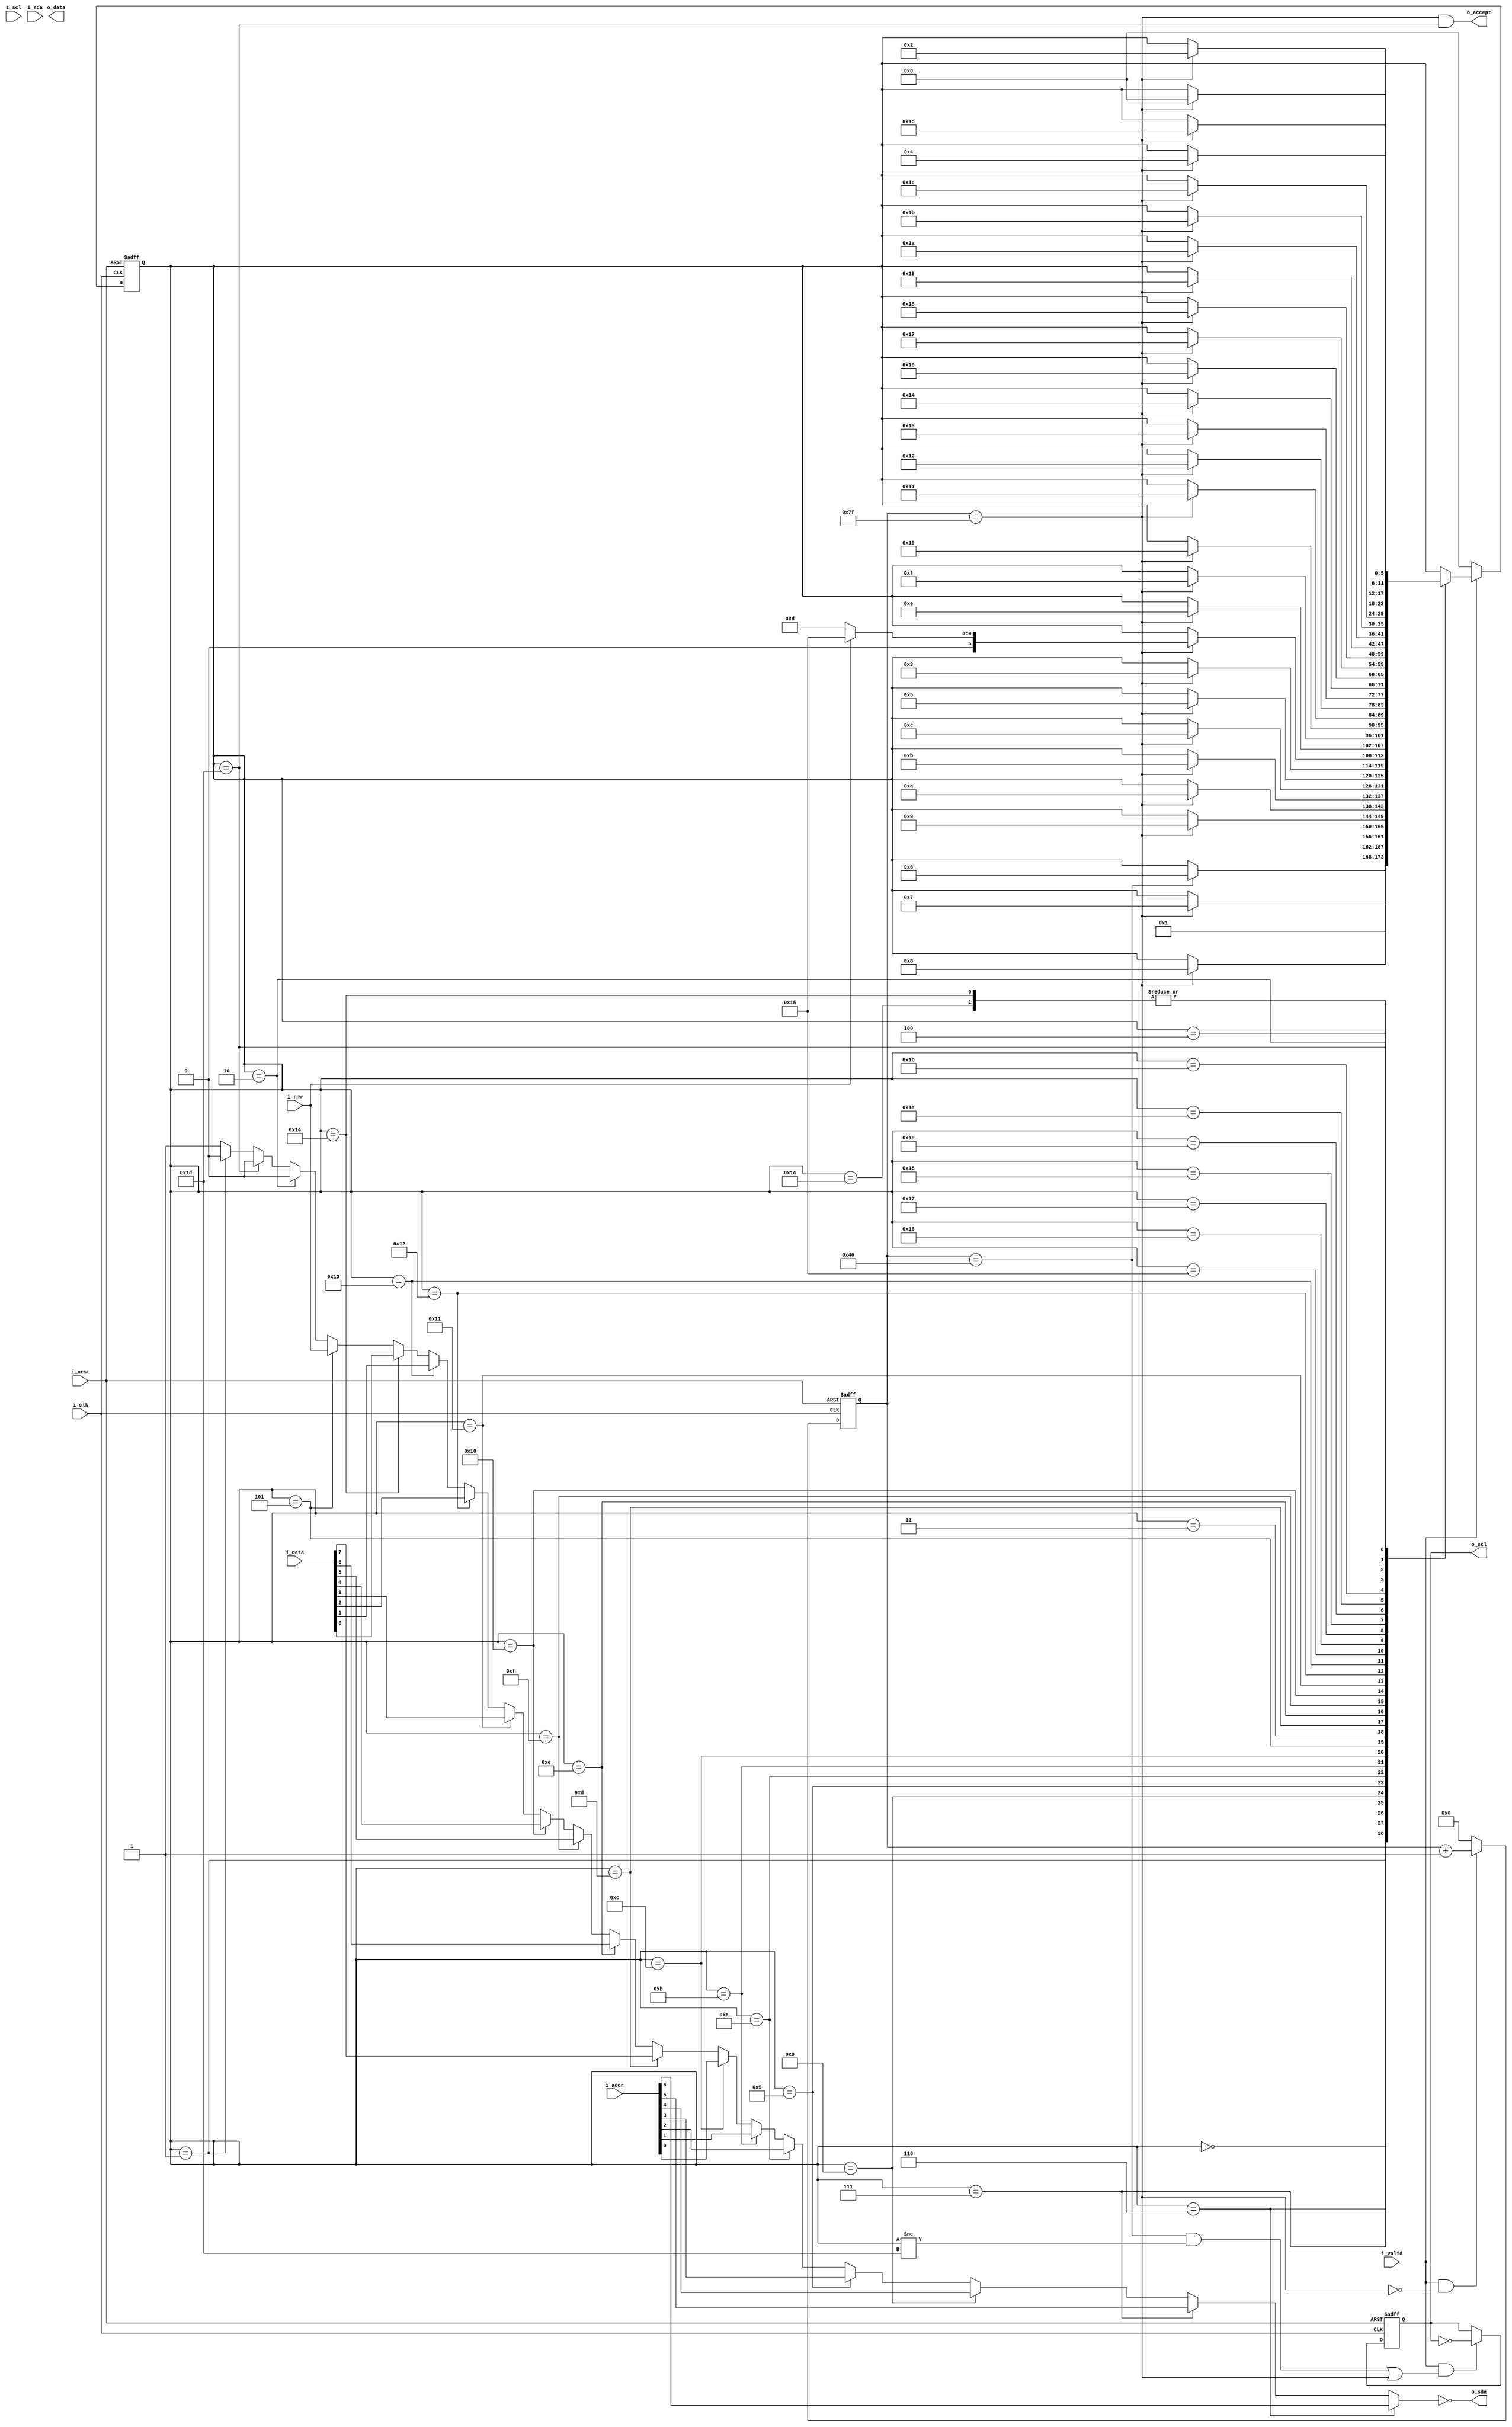
module ice_i2c(
	input	   wire        i_clk,
	input	   wire        i_nrst,
   // i2c side
	output   reg         o_scl,
	input	   wire        i_scl,
	output   wire        o_sda,
	input	   wire	      i_sda,
   // app side
   input    wire  [6:0] i_addr,
   input    wire  [7:0] i_data,
   output   wire  [7:0] o_data,
   input    wire        i_rnw,
   input    wire        i_valid,
   output   wire        o_accept
);

   parameter   TOP_COUNT   = 'd128;
   parameter   SM_IDLE     = 'd0;
   parameter   SM_START    = 'd1;
   parameter   SM_STOP_0   = 'd2;
   parameter   SM_ADDR_A   = 'd3;
   parameter   SM_DATA_A   = 'd4;
   parameter   SM_RW       = 'd5;
   parameter   SM_ADDR_6   = 'd6;
   parameter   SM_ADDR_5   = 'd7;
   parameter   SM_ADDR_4   = 'd8;
   parameter   SM_ADDR_3   = 'd9;
   parameter   SM_ADDR_2   = 'd10;
   parameter   SM_ADDR_1   = 'd11;
   parameter   SM_ADDR_0   = 'd12;
   parameter   SM_WDATA_7  = 'd13;
   parameter   SM_WDATA_6  = 'd14;
   parameter   SM_WDATA_5  = 'd15;
   parameter   SM_WDATA_4  = 'd16;
   parameter   SM_WDATA_3  = 'd17;
   parameter   SM_WDATA_2  = 'd18;
   parameter   SM_WDATA_1  = 'd19;
   parameter   SM_WDATA_0  = 'd20; 
   parameter   SM_RDATA_7  = 'd21;
   parameter   SM_RDATA_6  = 'd22;
   parameter   SM_RDATA_5  = 'd23;
   parameter   SM_RDATA_4  = 'd24;
   parameter   SM_RDATA_3  = 'd25;
   parameter   SM_RDATA_2  = 'd26;
   parameter   SM_RDATA_1  = 'd27;
   parameter   SM_RDATA_0  = 'd28;
   parameter   SM_STOP_1   = 'd29;
   
   
   reg   [5:0]                   state;
   reg   [5:0]                   next_state;
   
   reg   [$clog2(TOP_COUNT)-1:0] count;
   wire  [$clog2(TOP_COUNT)-1:0] next_count;
   wire                          clk_count;

   ///////////////////////////////////////////////////
   // State
  
   assign o_accept = top & (state == SM_STOP_1);

   assign o_sda = ~n_sda;

   assign n_sda = (state == SM_ADDR_6)  ? i_addr[6]:
                  (state == SM_ADDR_5)  ? i_addr[5]:
                  (state == SM_ADDR_4)  ? i_addr[4]:
                  (state == SM_ADDR_3)  ? i_addr[3]:
                  (state == SM_ADDR_2)  ? i_addr[2]:
                  (state == SM_ADDR_1)  ? i_addr[1]:
                  (state == SM_ADDR_0)  ? i_addr[0]:
                  (state == SM_WDATA_7) ? i_data[7]:
                  (state == SM_WDATA_6) ? i_data[6]:
                  (state == SM_WDATA_5) ? i_data[5]:
                  (state == SM_WDATA_4) ? i_data[4]:
                  (state == SM_WDATA_3) ? i_data[3]:
                  (state == SM_WDATA_2) ? i_data[2]:
                  (state == SM_WDATA_1) ? i_data[1]:
                  (state == SM_WDATA_0) ? i_data[0]:
                  (state == SM_RW)      ? i_rnw:
                  (state == SM_STOP_0)  ? 1'b0:
                  (state == SM_STOP_1)  ? 1'b0:
                  (state == SM_START)   ? 1'b0:
                                          1'b1;

   always@(*) begin
      next_state = state;
      if(i_valid)
         case(state)
            SM_IDLE:             next_state = SM_START;
            SM_START:   if(half) next_state = SM_ADDR_6;
            SM_ADDR_6:  if(top)  next_state = SM_ADDR_5; 
            SM_ADDR_5:  if(top)  next_state = SM_ADDR_4;
            SM_ADDR_4:  if(top)  next_state = SM_ADDR_3;
            SM_ADDR_3:  if(top)  next_state = SM_ADDR_2;                  
            SM_ADDR_2:  if(top)  next_state = SM_ADDR_1;                 
            SM_ADDR_1:  if(top)  next_state = SM_ADDR_0;                
            SM_ADDR_0:  if(top)  next_state = SM_RW;
            SM_RW:      if(top)  next_state = SM_ADDR_A;
            SM_ADDR_A:  if(top)
                           if(i_rnw)   next_state = SM_RDATA_7; 
                           else        next_state = SM_WDATA_7; 
            SM_WDATA_7: if(top)  next_state = SM_WDATA_6; 
            SM_WDATA_6: if(top)  next_state = SM_WDATA_5;
            SM_WDATA_5: if(top)  next_state = SM_WDATA_4;
            SM_WDATA_4: if(top)  next_state = SM_WDATA_3;                  
            SM_WDATA_3: if(top)  next_state = SM_WDATA_2;                 
            SM_WDATA_2: if(top)  next_state = SM_WDATA_1;                
            SM_WDATA_1: if(top)  next_state = SM_WDATA_0;                
            SM_WDATA_0: if(top)  next_state = SM_DATA_A;               
            SM_RDATA_7: if(top)  next_state = SM_RDATA_6; 
            SM_RDATA_6: if(top)  next_state = SM_RDATA_5;
            SM_RDATA_5: if(top)  next_state = SM_RDATA_4;
            SM_RDATA_4: if(top)  next_state = SM_RDATA_3;                  
            SM_RDATA_3: if(top)  next_state = SM_RDATA_2;                 
            SM_RDATA_2: if(top)  next_state = SM_RDATA_1;                
            SM_RDATA_1: if(top)  next_state = SM_RDATA_0;                
            SM_RDATA_0: if(top)  next_state = SM_DATA_A;
            SM_DATA_A:  if(top)  next_state = SM_STOP_0;
            SM_STOP_0:  if(top)  next_state = SM_STOP_1;
            SM_STOP_1:  if(top)  next_state = SM_IDLE;
         endcase
      else
         next_state = SM_IDLE; 
   end
   
   always@(posedge i_clk or negedge i_nrst) begin
		if(!i_nrst) state <= 'd0;
		else        state <= next_state;
	end
 
   ///////////////////////////////////////////////////
   // Divide clock
   
   assign next_count = (i_valid & ~top) ? (count + 'd1) : 'd0;
  
   assign top        = (count == (TOP_COUNT-1));

   assign half       = (count == (TOP_COUNT/2));

   always@(posedge i_clk or negedge i_nrst) begin
		if(!i_nrst) count <= 'd0;
		else        count <= next_count;
	end
 
   always@(posedge i_clk or negedge i_nrst) begin
		if(!i_nrst)             o_scl <= 1'b1;
		else 
         if(i_valid & ((half & (state != SM_STOP_1))|top))  
            o_scl <= ~o_scl;
   end
 

endmodule